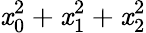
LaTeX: \mathit{x}_{0}^{2}+\mathit{x}_{1}^{2}+\mathit{x}_{2}^{2}